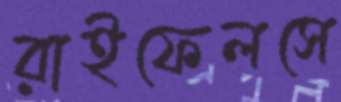
রাইফেলসে